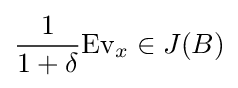
{\frac {1}{1+\delta }}{\text{Ev}}_{x}\in J(B)